Sanitation, dispensaries and jails vaccination Rajputana 1922-1927 - 1922-1927
Year: 1922
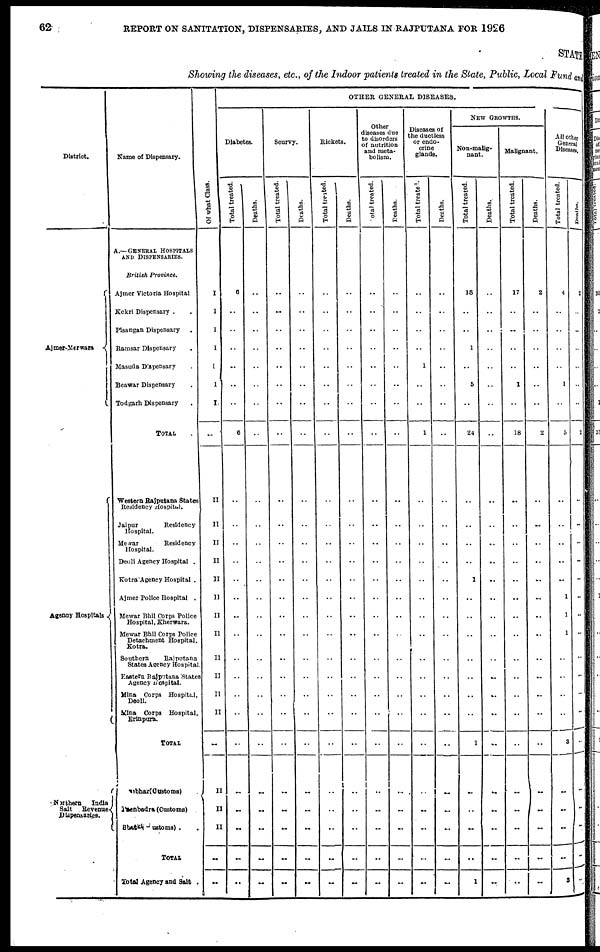
62
REPORT ON SANITATION, DISPENSARIES, AND JAILS IN RAJPUTANA FOR 1926
STATE
Showing the diseases, etc., of the Indoor patients treated in the State, Public, Local Fund and
District.
Ajmer-Merwara
Agency Hospitals
Northern
India
Salt
Revenue
Dispensaries.
Name of Dispensary.
A.—GENERAL HOSPITALS
AND DISPENSARIES.
British Province.
Ajmer Victoria Hospital
Kekri Dispensary . .
Pisangan Dispensary.
Ramsar Dispensary .
Masuda Dispensary
Beawar Dispensary .
Todgarh Dispensary.
TOTAL .
Western Rajputana States
Residency Hospital.
Jaipur Residency
Hospital.
Mewar
Residency
Hospital.
Deoli Agency Hospital .
Kotra Agency Hospital .
Ajmer Police Hospital .
Mewar Bhil Corps Police
Hospital, Kherwara.
Mewar Bhil Corps Police
Detachment Hospital,
Kotra.
Southern
Rajputana
States Agency Hospital.
Eastern Rajputana States
Agency Hospital.
Mina Corps Hospital,
Deoli.
Mina Corps Hospital,
Erinpura.
TOTAL .
Sambhar (Customs) .
Pachbadra (Customs).
Bhatki (Customs) .
TOTAL .
Total Agency and Salt .
Of what Class.
I
I
I
I
I
I
I
..
II
II
II
II
II
II
II
II
II
II
II
II
..
II
II
II
..
..
OTHER GENERAL DISEASES.
Diabetes.
Total treated.
6
..
..
..
..
..
..
6
..
..
..
..
..
..
..
..
..
..
..
..
..
..
..
..
..
..
Deaths.
..
..
..
..
..
..
..
..
..
..
..
..
..
..
..
..
..
..
..
..
..
..
..
..
..
..
Scurvy.
Total treated.
..
..
..
..
..
..
..
..
..
..
..
..
..
..
..
..
..
..
..
..
..
..
..
..
..
..
Deaths.
..
..
..
..
..
..
..
..
..
..
..
..
..
..
..
..
..
..
..
..
..
..
..
..
..
..
Rickets.
Total treated.
..
..
..
..
..
..
..
..
..
..
..
..
..
..
..
..
..
..
..
..
..
..
..
..
..
..
Deaths.
..
..
..
..
..
..
..
..
..
..
..
..
..
..
..
..
..
..
..
..
..
..
..
..
..
..
Other
diseases due
to disorders
of nutrition
and meta-
bolism.
Total treated.
..
..
..
..
..
..
..
..
..
..
..
..
..
..
..
..
..
..
..
..
..
..
..
..
..
..
Deaths.
..
..
..
..
..
..
..
..
..
..
..
..
..
..
..
..
..
..
..
..
..
..
..
..
..
..
Diseases of
the ductless
or endo-
crine
glands.
Total treated.
..
..
..
..
1
..
..
1
..
..
..
..
..
..
..
..
..
..
..
..
..
..
..
..
..
..
Deaths.
..
..
..
..
..
..
..
..
..
..
..
..
..
..
..
..
..
..
..
..
..
..
..
..
..
..
NEW GROWTHS.
Non-malig-
nant.
Total treated.
18
..
..
1
..
5
..
24
..
..
..
..
1
..
..
..
..
..
..
..
1
..
..
..
..
1
Deaths.
..
..
..
..
..
..
..
..
..
..
..
..
..
..
..
..
..
..
..
..
..
..
..
..
..
..
Malignant.
Total treated.
17
..
..
..
..
1
..
18
..
..
..
..
..
..
..
..
..
..
..
..
..
..
..
..
..
..
Deaths.
2
..
..
..
..
..
..
2
..
..
..
..
..
..
..
..
..
..
..
..
..
..
..
..
..
..
All other
General
Diseases.
Total treated.
4
..
..
..
..
1
..
5
..
..
..
..
..
1
1
1
..
..
..
..
3
..
..
..
..
3
Deaths.
2
..
..
..
..
..
..
2
..
..
..
..
..
..
..
..
..
..
..
..
..
..
..
..
..
...